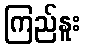
ကြည်နူး